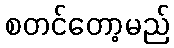
စတင်တော့မည်